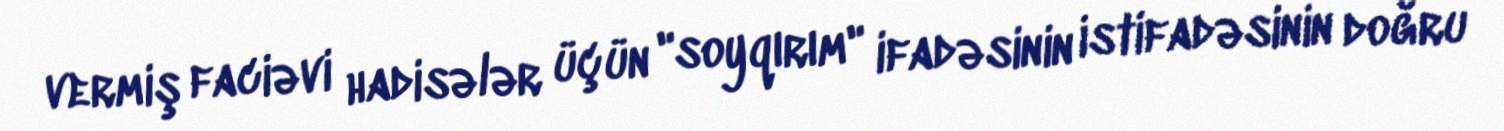
vermiş faciəvi hadisələr üçün "soyqırım" ifadəsinin istifadəsinin doğru